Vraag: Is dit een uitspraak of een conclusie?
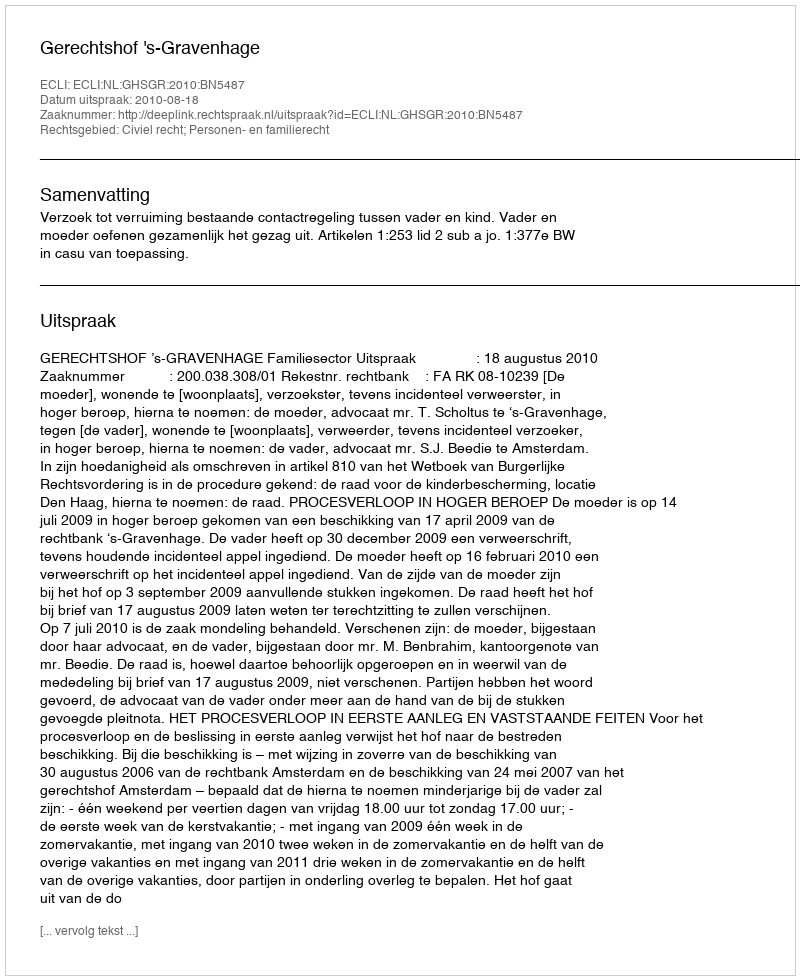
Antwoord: Uitspraak